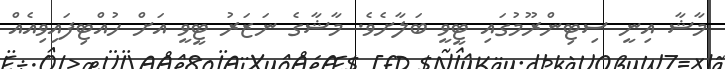
މާޝާ އިނީ ސިޓިންރޫމުގައި ޓީވީ ބަލާށެވެ. މާޝާގެ ނަޒަރު ޓީވީ އަށް ހުއްޓިފައިވިއެއް